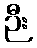
ဉီး